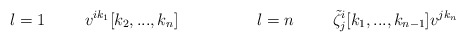
\begin{align*}l=1 \hspace{1cm} v^{ik_{1}}[k_{2},...,k_{n}] \hspace{2cm}l=n \hspace{1cm} \tilde{\zeta}^{i}_{j} [k_{1},...,k_{n-1}]v^{jk_{n}}\end{align*}